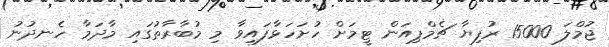
ޖުމްލަ 15000 ރުފިޔާ ޗެމްޕިއަން ޓީމަށް ހުށަހަޅާފައިވާ މި މުބާރާތުގައި މާދަމާ ހެނދުނު